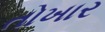
તોખાર